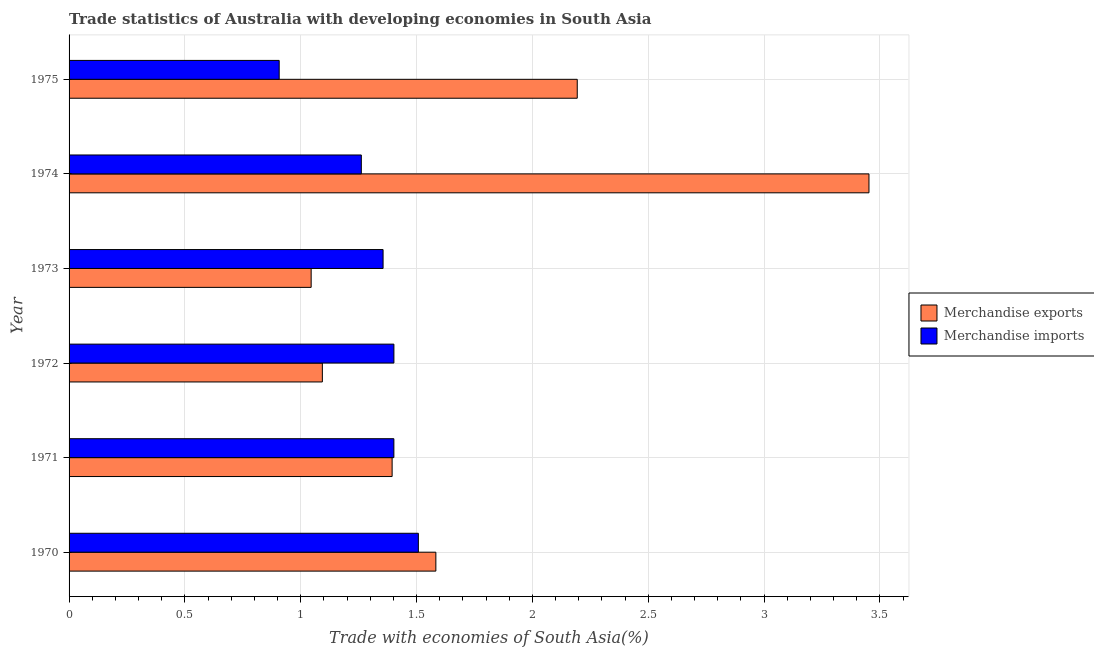
| Year | Merchandise exports | Merchandise imports |
 | --- | --- | --- |
 | 1970 | 1.58 | 1.51 |
 | 1971 | 1.39 | 1.4 |
 | 1972 | 1.09 | 1.4 |
 | 1973 | 1.04 | 1.36 |
 | 1974 | 3.45 | 1.26 |
 | 1975 | 2.19 | 0.907 |